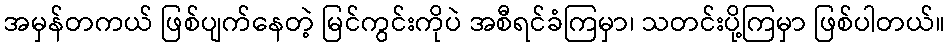
အမှန်တကယ် ဖြစ်ပျက်နေတဲ့ မြင်ကွင်းကိုပဲ အစီရင်ခံကြမှာ၊ သတင်းပို့ကြမှာ ဖြစ်ပါတယ်။